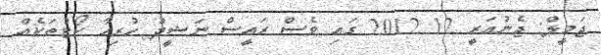
ޖަމީލް: ޖެނުއަރީ 12 2012 ގައި ވެސް ރައީސް ނަޝީދު ހުރިހާ ކޯޓުތަކެއް